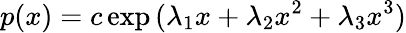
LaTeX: p(x)=c\exp{(\lambda_{1}x+\lambda_{2}x^{2}+\lambda_{3}x^{3})}